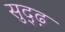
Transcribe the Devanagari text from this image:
सुद्ढ़